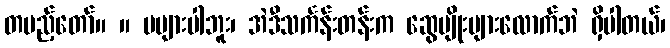
တပည့်တော်။ ။ မများပါဘူး၊ အဲဒီသင်္ကန်းတန်းက ဆွေမျိုးများလောက်ဘဲ ရှိပါတယ်၊